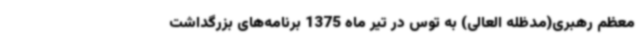
معظم رهبری(مدظله العالی) به توس در تیر ماه 1375 برنامه‌های بزرگداشت